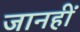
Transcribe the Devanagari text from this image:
जानहीं